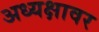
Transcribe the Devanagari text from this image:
अध्यक्षावर